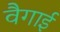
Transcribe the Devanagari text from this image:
वैगाई